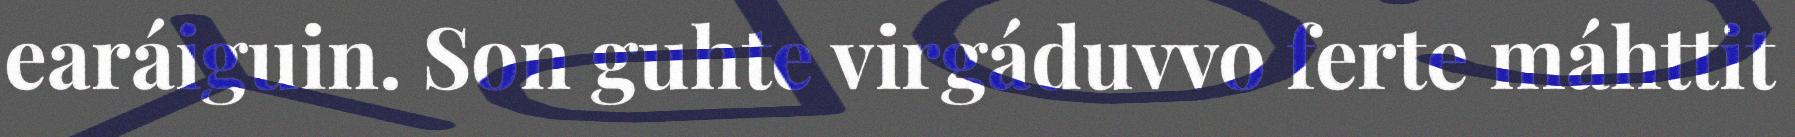
earáiguin. Son guhte virgáduvvo ferte máhttit